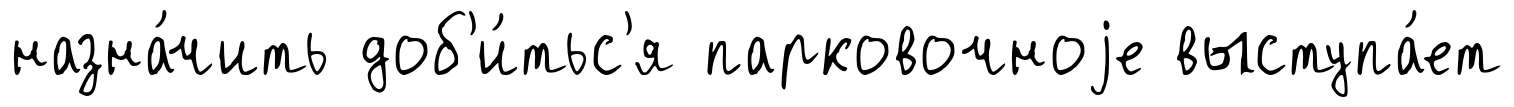
назна́чить доб'и́тьс'я парковочноjе выступа́ет